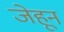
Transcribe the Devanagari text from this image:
जेहून